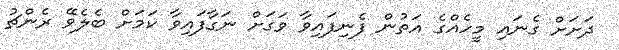
ދަށަށް ގެނައި މީހެއްގެ އަތުން ފެނިފައިވާ ވަގަށް ނަގާފައިވާ ކަމަށް ބެލެވޭ ރެންޗު